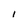
Character: l